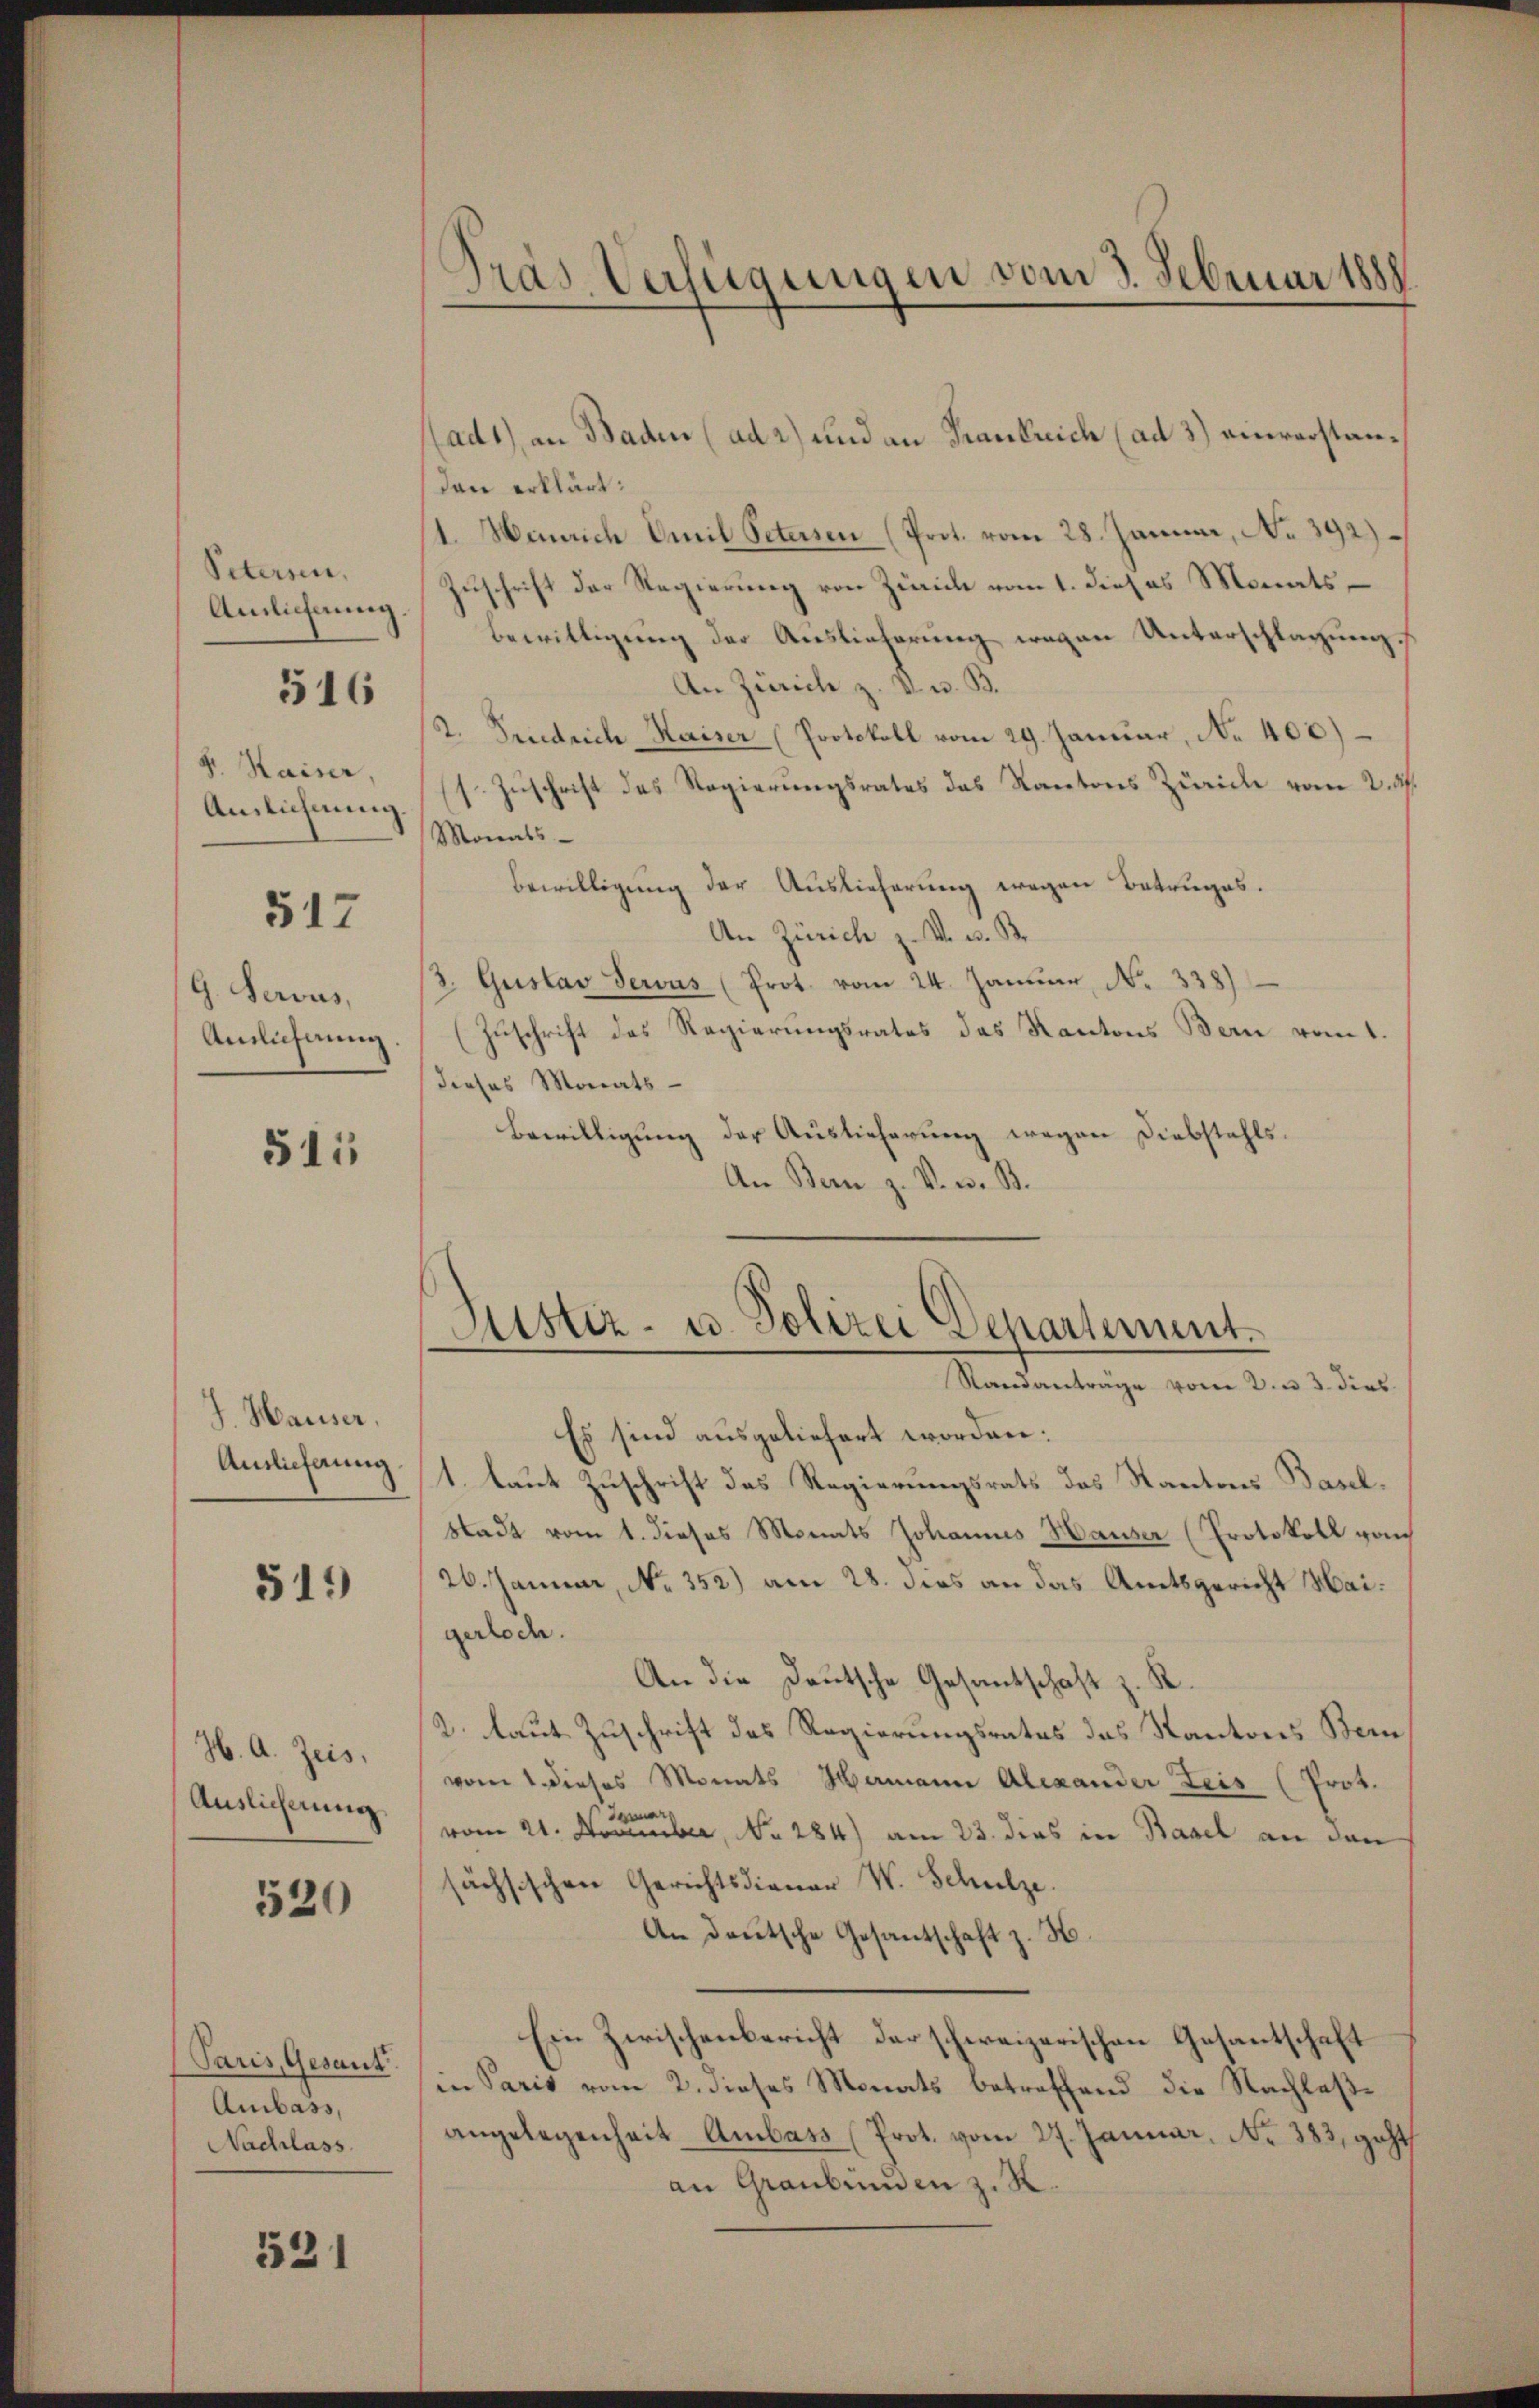
Peterien,
Amlichnung

516

4. Kaiser,
Ainlichnung

517

h. Servus,
Amlicherung

511

J. Hauser,
Auslieferung

519)

H. A. Zeis,
Auslieferung

520

Paris, Gesand
Ambass,
Nachlass

521

Pras Verfügungen vom 3. Februar 1888
—

(ad1) an Baden (ad 2) und an Frankreich (ad 3.) einverstandenn erklärt:
1. Henrich Emil Petersen (Prot. vom 28. Januar, No. 392)
Zuschrift der Regierung von Zürich vom 1. dieses Monats
Bewilligung der Auslieferung wegen Unterschlagung
An Zürich z. V. u. B.
2. Friedrich Kaiser (Protokoll vom 29. Januar, No 400)
(s. Zuschrift des Regierungsrates das Kantons Zürich vom 2. 34.
Monats-
Bewilligung der Auslieferung wegen Betruges.
An Zürich z. v. u. Br
3. Gustav Servus (Prot. vom 24. Januar, No. 338)
Zuschrift des Regierungsrates das Kantons Bern vom 1.
dieses Monats-
Bewilligung der Auslieferung wegen Diebstahls¬
An Bern z. V. v. B.

Sistiz- u. Polizei Departement.
Standantrage vom 2. u. 3. dies

Es sind ausgeliefert worden:
1. laut Zuschrift des Regierungsrats des Kantons Basel¬
Stadt vom 1. dieses Monats Johannes Hauser (Protokoll vom
26. Januar, No. 352.) am 28. dies an das Amtsgericht Haigerlich.
An die Deutsche Gesantschaft z. R.
2. laut Zuschrift des Regierungsrates das Kantons Bern
vom 1. dieses Monats Hermann Alexander Leis (Prot.
vom 21. November, No. 284) am 23. dies in Basel an den
sächsischen Gerichtsdiener W. Schulze.
An deutsche Gesantschaft z. H
Ein Zwischenbericht der schweizerischen Gesantschaft
in Paris vom 2. dieses Monats betreffend die Nachlaße
angelegenheit Ambass (Prot. vom 27. Januar, No 383, geht
an Graubünden z. K.